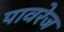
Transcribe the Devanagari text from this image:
पावरेज